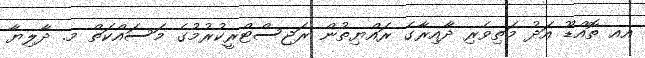
އއ ތޮއްޑޫ އަދު މަތިވެރި ދާއިރާގެ ރައްޔިތުން ރަޖިސްޓްރީކުރުމުގެ މަސައްކަތް މ. ދާލިޔާ